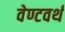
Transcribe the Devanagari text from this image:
वेण्टवर्थ